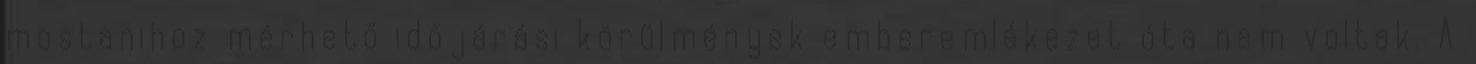
mostanihoz mérhető időjárási körülmények emberemlékezet óta nem voltak. A